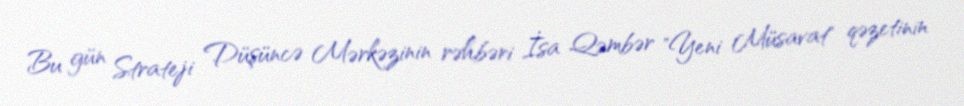
Bu gün Strateji Düşüncə Mərkəzinin rəhbəri İsa Qəmbər "Yeni Müsavat" qəzetinin